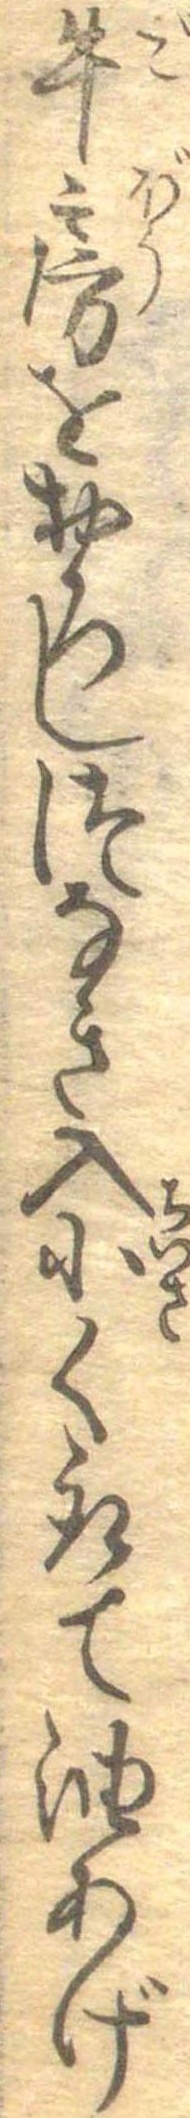
牛房をおろしつなき入小く取て油あげ